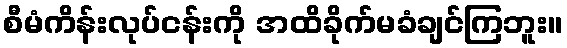
စီမံကိန်းလုပ်ငန်းကို အထိခိုက်မခံချင်ကြဘူး။